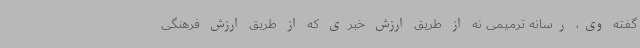
گفته وی، رسانه ترمیمی نه از طریق ارزش خبری که از طریق ارزش فرهنگی